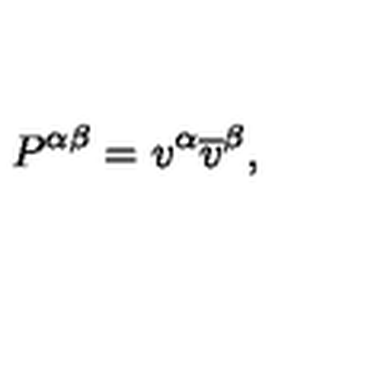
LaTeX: P ^ { \alpha \beta } = v ^ { \alpha } \overline { { v } } ^ { \beta } ,